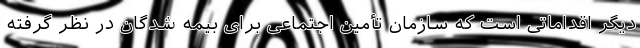
دیگر اقداماتی است که سازمان تأمین اجتماعی برای بیمه شدگان در نظر گرفته